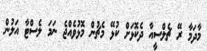
މާދަމާ ރޭ ޗެލްސީއާ ދެކޮޅަށް ކުޅޭ މެޗުން މޮޅުވެއްޖެ ނަަމަ ލެސްޓާ އަލުން